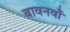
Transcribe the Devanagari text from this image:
बावनवाँ